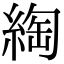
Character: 綯